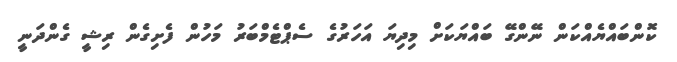
ކޮންބައްޔެއްކަން ނޭންގޭ ބައްޔަކަށް މިދިޔަ އަހަރުގެ ސެޕްޓެމްބަރު މަހުން ފެށިގެން ރިޝީ ގެންދަނީ